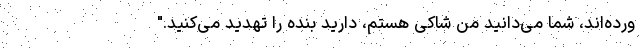
ورده‌اند، شما می‌دانید من شاکی هستم، دارید بنده را تهدید می‌کنید."